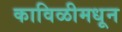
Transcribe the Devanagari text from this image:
काविळीमधून